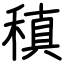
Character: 稹